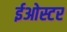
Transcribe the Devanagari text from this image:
ईओस्टर